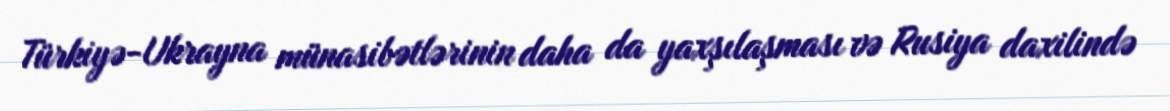
Türkiyə-Ukrayna münasibətlərinin daha da yaxşılaşması və Rusiya daxilində